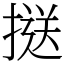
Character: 𢱤